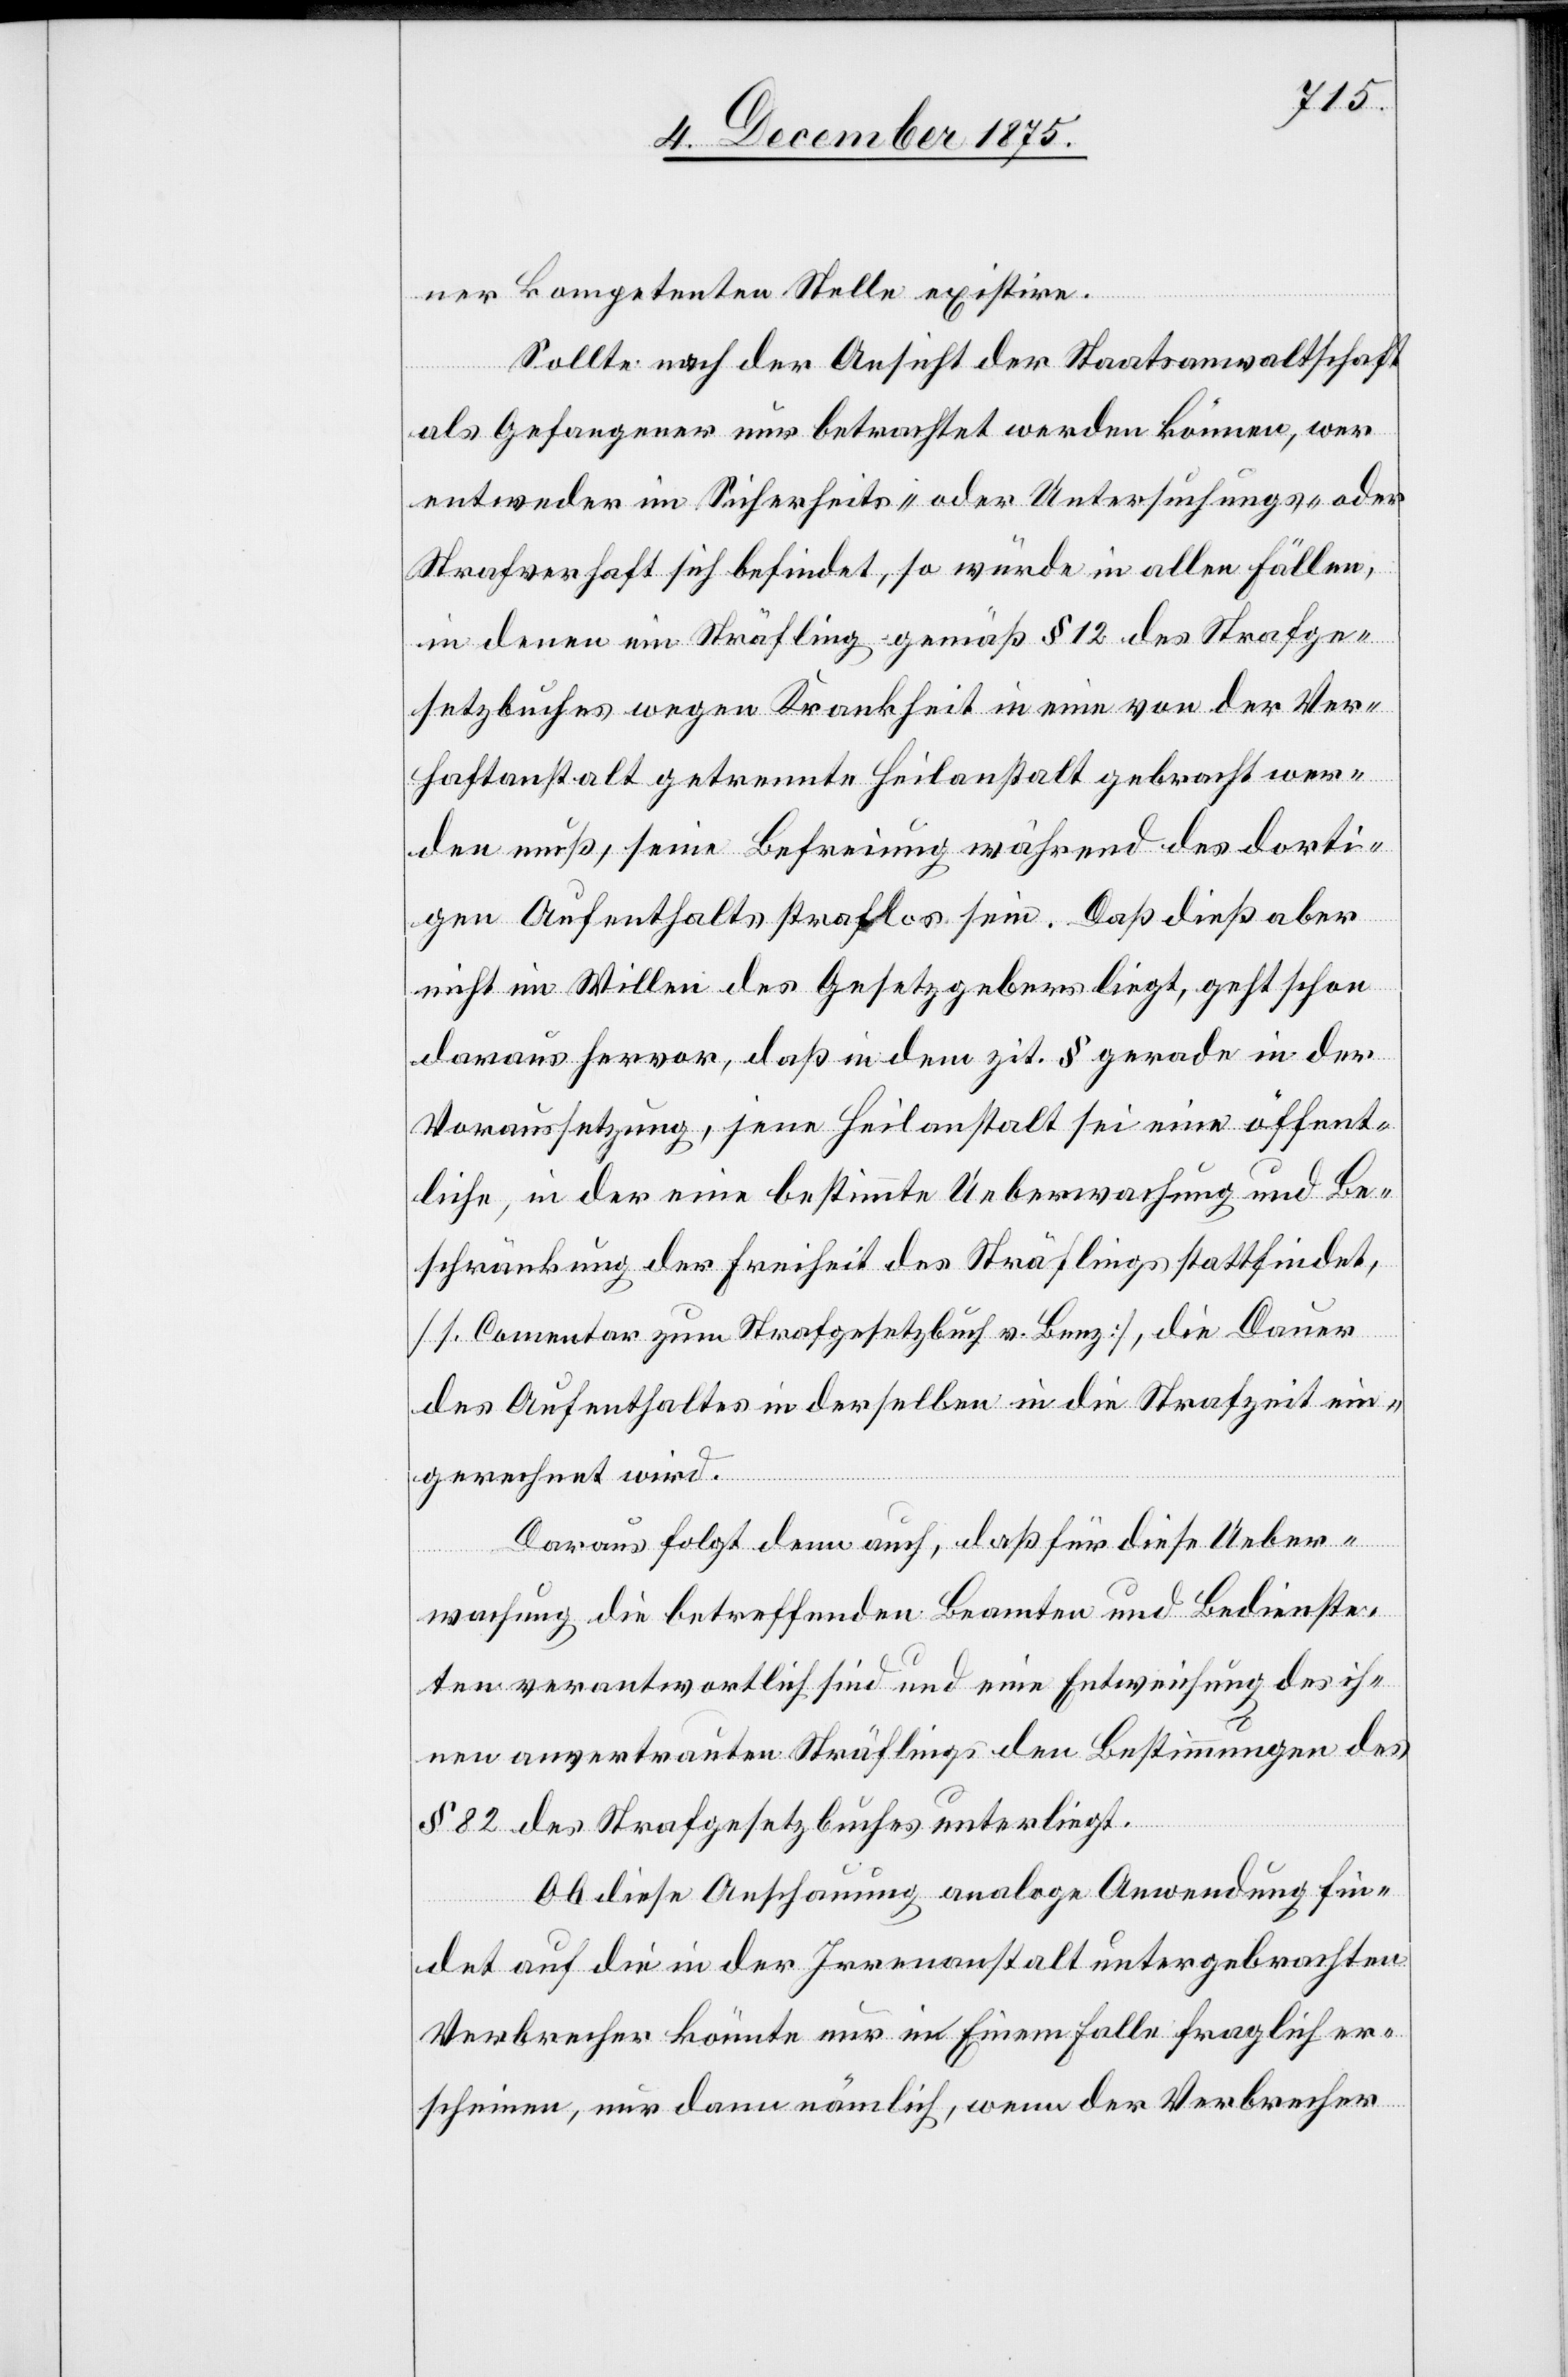
ner kompetenten Stelle existire.
Sollte nach der Ansicht der Staatsanwaltschaft
als Gefangener nur betrachtet werden können, wer
entweder im Sicherheits- oder Untersuchungs- oder
Strafverhaft sich befindet, so würde in allen Fällen,
in denen ein Sträfling gemäß § 12 des Strafge¬
setzbuches wegen Krankheit in eine von der Ver¬
haftanstalt getrennte Heilanstalt gebracht wer¬
den muß, seine Befreiung während des dorti¬
gen Aufenthalts straflos sein. Daß dieß aber
nicht im Willen des Gesetzgebers liegt, geht schon
daraus hervor, daß in dem zit. § gerade in der
Voraussetzung, jene Heilanstalt sei eine öffent¬
liche, in der eine bestimmte Ueberwachung und Be¬
schränkung der Freiheit des Sträflings stattfindet,
[1. Comentar zum Strafgesetzbuch v. Benz], die Dauer
des Aufenthaltes in derselben in die Strafzeit ein¬
gerechnet wird.
Daraus folgt denn auch, daß für diese Ueber¬
wachung die betreffenden Beamten und Bedienste¬
ten verantwortlich sind und eine Entweichung des ih¬
nen anvertrauten Sträflings den Bestimmungen des
§ 82 des Strafgesetzbuches unterliegt.
Ob diese Anschauung analoge Anwendung fin¬
det auf die in der Irrenanstalt untergebrachten
Verbrecher könnte nur in Einem Falle fraglich er¬
scheinen, nur dann nämlich, wenn der Verbrecher